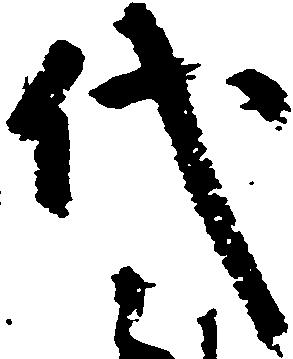
代